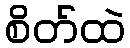
စိတ်ထဲ